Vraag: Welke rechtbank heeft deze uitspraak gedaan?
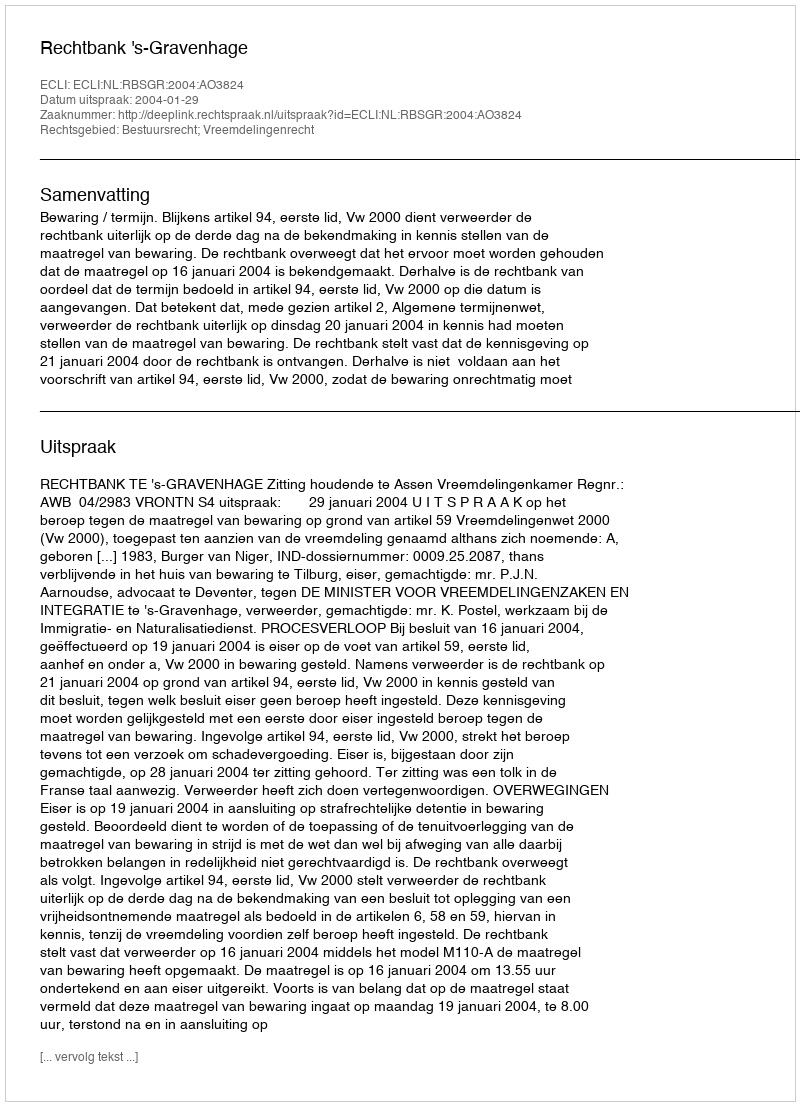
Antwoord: Rechtbank 's-Gravenhage